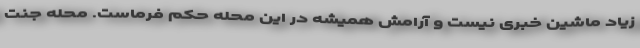
زیاد ماشین خبری نیست و آرامش همیشه در این محله حکم فرماست. محله جنت